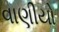
વાણીયો